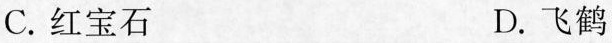
C.红宝石 D.飞鹤